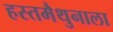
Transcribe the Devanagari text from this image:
हस्तमैथुनाला